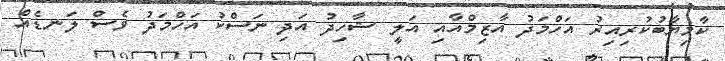
ކާމިޔާބުކުރިއިރު އަހްމަދު އާޒިމްއާއި އަލީ ޝާހިދު އަދި ނަސްކު އަހްމަދު ވެސް ލަނޑެއް